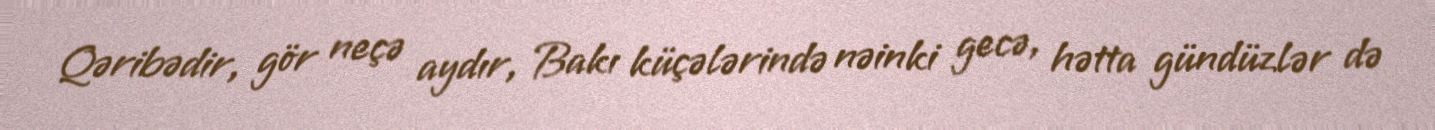
Qəribədir, gör neçə aydır, Bakı küçələrində nəinki gecə, hətta gündüzlər də